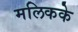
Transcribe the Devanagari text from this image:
मलिकके